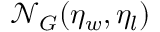
\mathcal { N } _ { G } ( \eta _ { w } , \eta _ { l } )